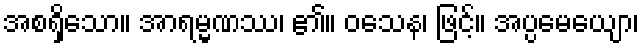
အစရှိသော။ အာရမ္မဏဿ၊ ၏။ ဝသေန၊ ဖြင့်။ အပ္ပမေယျော၊